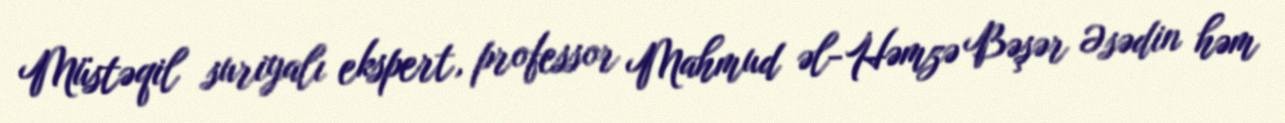
Müstəqil suriyalı ekspert, professor Mahmud əl-Həmzə Bəşər Əsədin həm